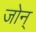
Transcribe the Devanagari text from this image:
जोन्